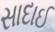
સાદાઈ